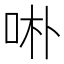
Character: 𱒖